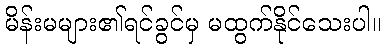
မိန်းမများ၏ရင်ခွင်မှ မထွက်နိုင်သေးပါ။